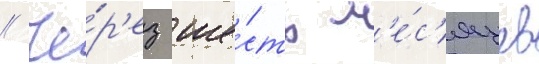
// Че́р'ез ше́сть м'е́с'яцев